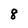
Character: 8